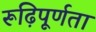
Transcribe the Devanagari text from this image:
रूढ़िपूर्णता